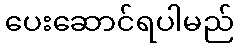
ပေးဆောင်ရပါမည်